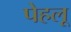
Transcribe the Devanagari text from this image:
पेहलू